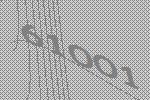
61001